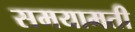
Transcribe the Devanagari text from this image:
समयामती